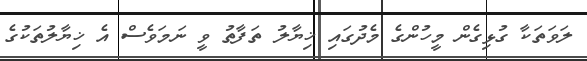
ލަވަތަކާ ގުޅިގެން މީހުންގެ މެދުގައި ޚިޔާލު ތަފާތު ވީ ނަމަވެސް އެ ޚިޔާލުތަކުގެ